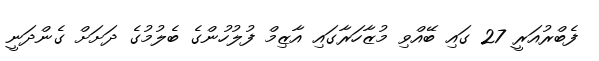
ފެބްރުއަރީ 27 ގައި ބޭއްވި މުޒާހަރާގައި އާޒިމް ފުލުހުންގެ ބެލުމުގެ ދަށަށް ގެންދަނީ